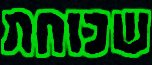
שכוחת